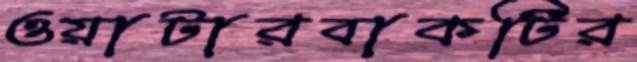
ওয়াটারবাকটির